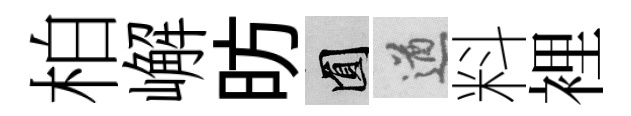
柏嶰昉圓遒料裡